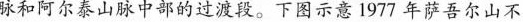
脉和阿尔泰山脉中部的过渡段。下图示意1977年萨吾尔山不